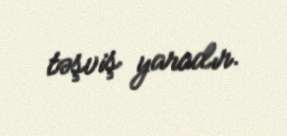
təşviş yaradır.